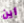
أين